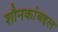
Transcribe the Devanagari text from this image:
शौनकांबद्दल